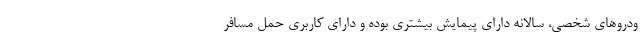
ودروهای شخصی، سالانه دارای پیمایش بیشتری بوده و دارای کاربری حمل مسافر